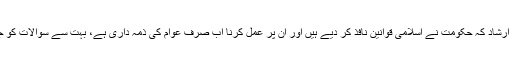
فاضل جج کا یہ ارشاد کہ حکومت نے اسلامی قوانین نافذ کر دیے ہیں اور ان پر عمل کرنا اب صرف عوام کی ذمہ داری ہے، بہت سے سوالات کو جنم دے رہا ہے۔